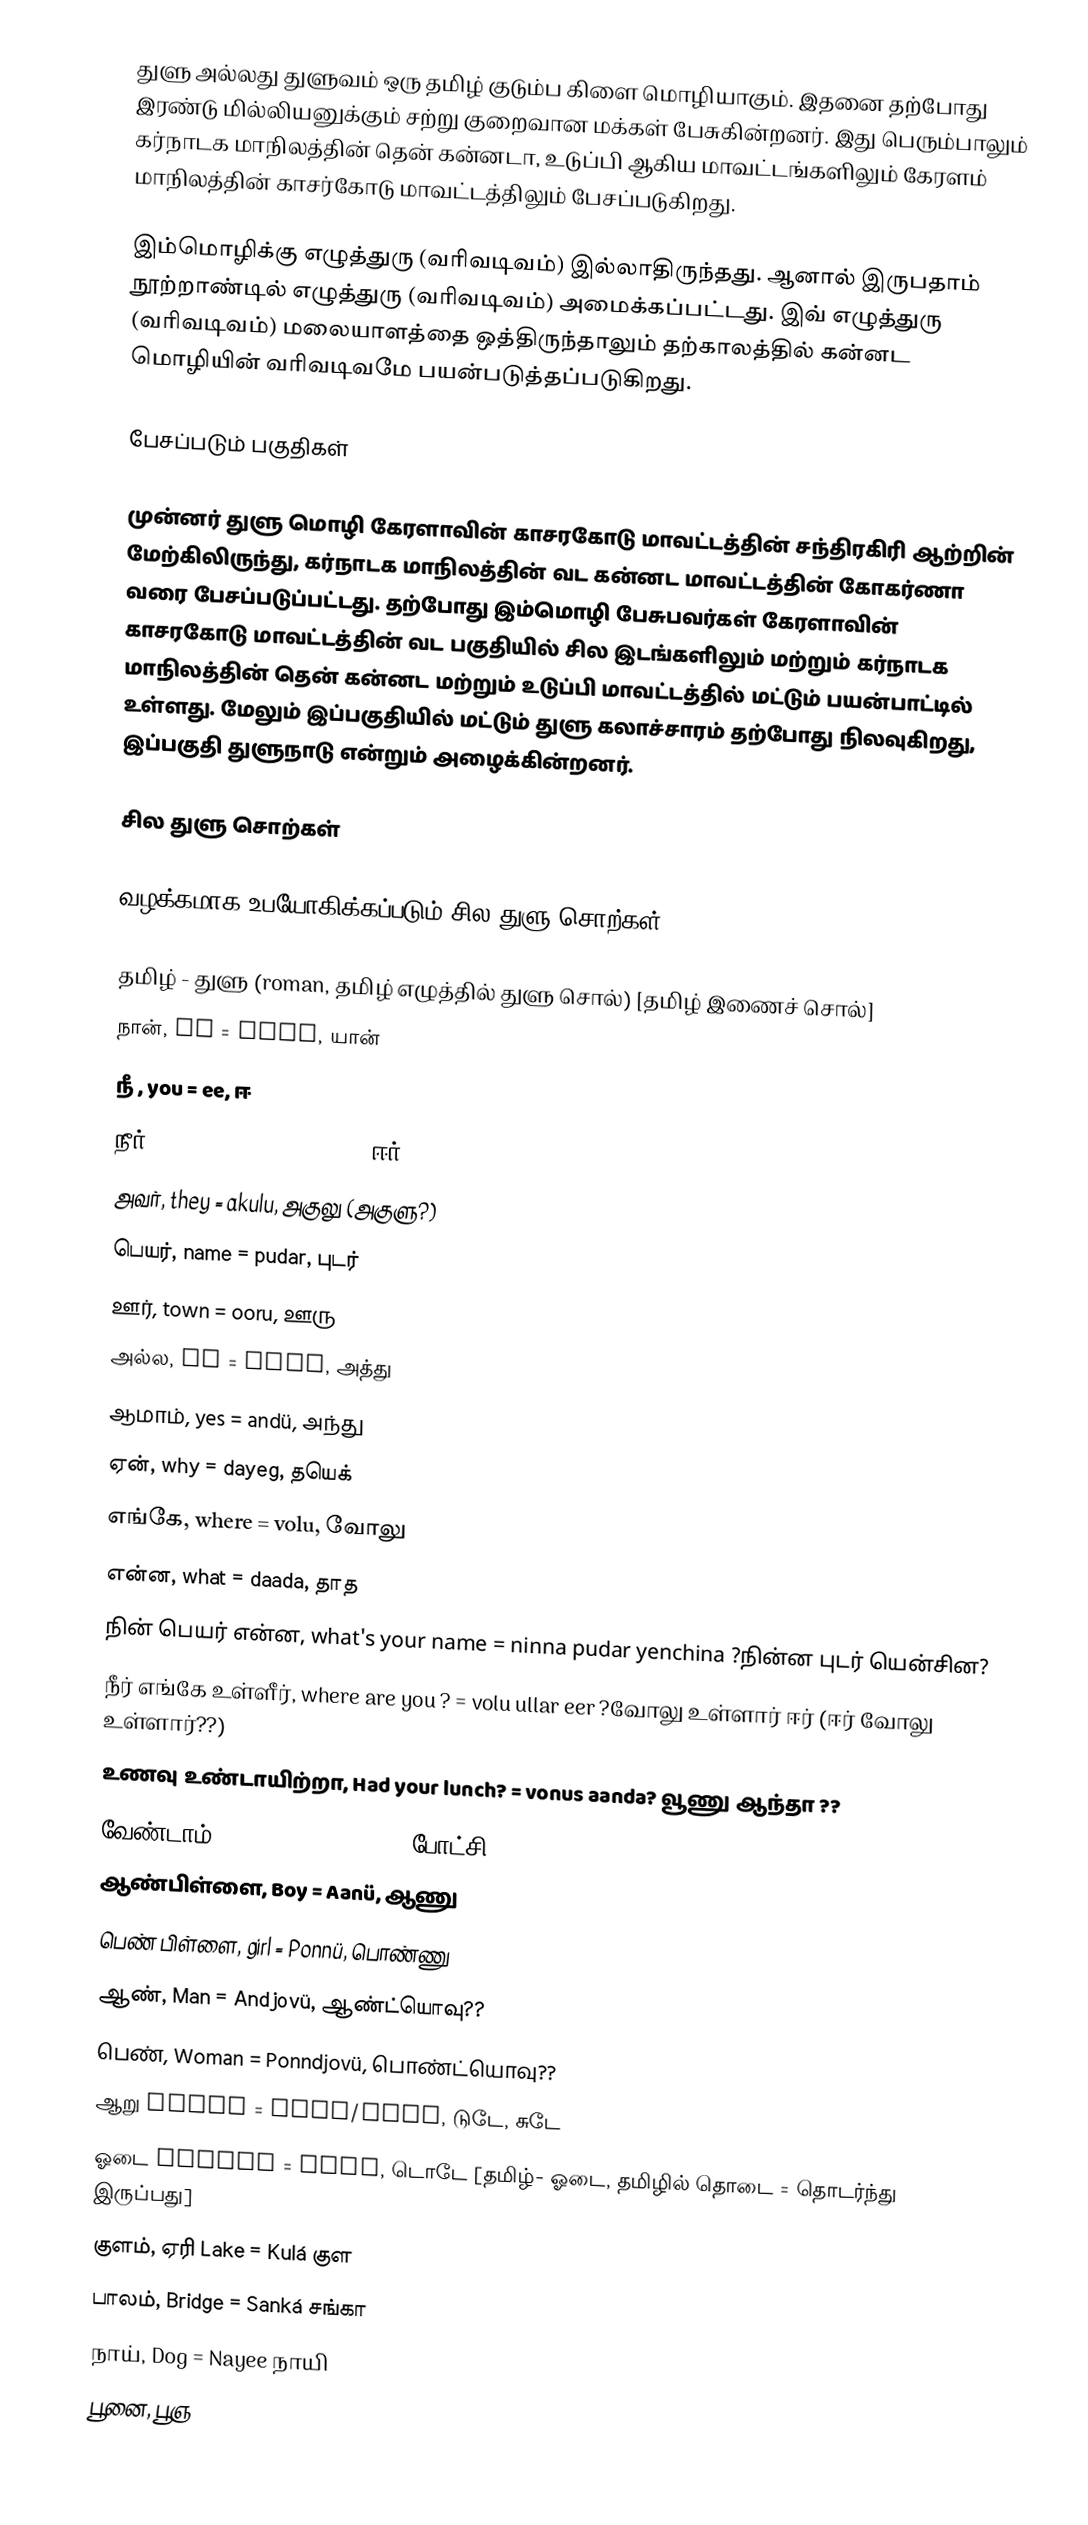
துளு அல்லது  துளுவம்  ஒரு தமிழ் குடும்ப கிளை மொழியாகும். இதனை தற்போது இரண்டு மில்லியனுக்கும் சற்று குறைவான மக்கள் பேசுகின்றனர். இது பெரும்பாலும் கர்நாடக மாநிலத்தின் தென் கன்னடா, உடுப்பி ஆகிய மாவட்டங்களிலும் கேரளம் மாநிலத்தின் காசர்கோடு மாவட்டத்திலும் பேசப்படுகிறது.

இம்மொழிக்கு எழுத்துரு (வரிவடிவம்) இல்லாதிருந்தது. ஆனால் இருபதாம் நூற்றாண்டில் எழுத்துரு (வரிவடிவம்) அமைக்கப்பட்டது. இவ் எழுத்துரு (வரிவடிவம்) மலையாளத்தை ஒத்திருந்தாலும் தற்காலத்தில் கன்னட மொழியின் வரிவடிவமே பயன்படுத்தப்படுகிறது.

பேசப்படும் பகுதிகள்

முன்னர் துளு மொழி கேரளாவின் காசரகோடு மாவட்டத்தின் சந்திரகிரி ஆற்றின் மேற்கிலிருந்து, கர்நாடக மாநிலத்தின் வட கன்னட மாவட்டத்தின் கோகர்ணா வரை பேசப்படுப்பட்டது. தற்போது இம்மொழி பேசுபவர்கள் கேரளாவின் காசரகோடு மாவட்டத்தின் வட பகுதியில் சில இடங்களிலும் மற்றும் கர்நாடக மாநிலத்தின் தென் கன்னட மற்றும் உடுப்பி மாவட்டத்தில் மட்டும் பயன்பாட்டில் உள்ளது. மேலும் இப்பகுதியில் மட்டும் துளு கலாச்சாரம் தற்போது நிலவுகிறது, இப்பகுதி துளுநாடு என்றும் அழைக்கின்றனர்.

சில துளு சொற்கள்

வழக்கமாக உபயோகிக்கப்படும் சில துளு சொற்கள்:

 தமிழ் - துளு (roman, தமிழ் எழுத்தில் துளு சொல்) [தமிழ் இணைச் சொல்]
 நான், me = yaañ, யான்
 நீ , you = ee, ஈ
 நீர் you(respectfull) = eer, ஈர்
 அவர், they = akulu, அகுலு (அகுளு?)
 பெயர், name = pudar, புடர்
 ஊர், town = ooru, ஊரு
 அல்ல, no = attü, அத்து
 ஆமாம், yes = andü, அந்து
 ஏன், why = dayeg, தயெக்
 எங்கே, where = volu, வோலு
 என்ன, what = daada, தாத
 நின் பெயர் என்ன, what's your name = ninna pudar yenchina ?நின்ன புடர் யென்சின?
 நீர் எங்கே உள்ளீர், where are you ?  = volu ullar eer ?வோலு உள்ளார் ஈர் (ஈர் வோலு உள்ளார்??)
 உணவு உண்டாயிற்றா, Had your lunch? = vonus aanda? வூணு ஆந்தா ??
 வேண்டாம், dont want = bodchi, போட்சி
 ஆண்பிள்ளை, Boy = Aanü, ஆணு
 பெண் பிள்ளை, girl = Ponnü, பொண்ணு
 ஆண், Man = Andjovü, ஆண்ட்யொவு??
 பெண், Woman = Ponndjovü, பொண்ட்யொவு??
 ஆறு River = Tudé/Sudé, டுடே, சுடே
 ஓடை Stream = Todü, டொடே [தமிழ்- ஓடை, தமிழில் தொடை = தொடர்ந்து இருப்பது]
 குளம், ஏரி  Lake = Kulá குள
 பாலம், Bridge = Sanká சங்கா
 நாய்,  Dog = Nayee நாயி
 பூனை, பூஞ